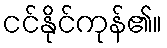
ငင်နိုင်ကုန်၏။